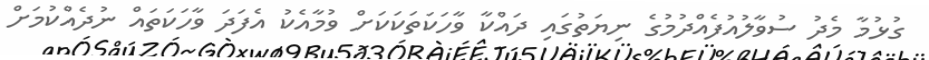
ގުޅުމާ މެދު ސުވާލުއުފެއްދުމުގެ ނިޔަތުގައި ދައްކާ ވާހަކަތަކަކަށް ވުމާއެކު އެފަދަ ވާހަކަތައް ނުދެއްކުމަށް